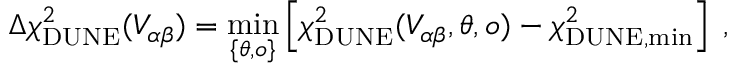
\Delta \chi _ { \mathrm { D U N E } } ^ { 2 } ( V _ { \alpha \beta } ) = \underset { \{ \boldsymbol { \theta } , o \} } { \mathrm { m i n } } \left[ \chi _ { \mathrm { D U N E } } ^ { 2 } ( V _ { \alpha \beta } , \boldsymbol { \theta } , o ) - \chi _ { \mathrm { D U N E , m i n } } ^ { 2 } \right] \; ,